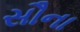
સૌના